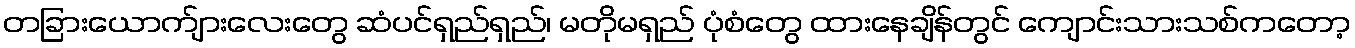
တခြားယောက်ျားလေးတွေ ဆံပင်ရှည်ရှည်၊ မတိုမရှည် ပုံစံတွေ ထားနေချိန်တွင် ကျောင်းသားသစ်ကတော့